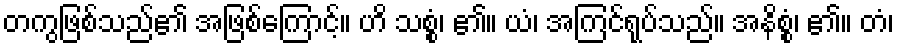
တကွဖြစ်သည်၏ အဖြစ်ကြောင့်။ ဟိ သစ္စံ၊ ၏။ ယံ၊ အကြင်ရုပ်သည်။ အနိစ္စံ၊ ၏။ တံ၊